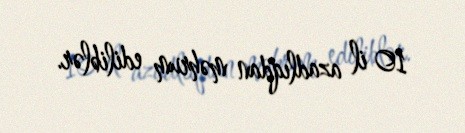
10 il azadlıqdan məhrum ediliblər.